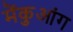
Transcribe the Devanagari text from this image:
मेंकुआंग